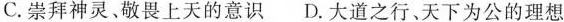
C.崇拜神灵、敬畏上天的意识 D.大道之行、天下为公的理想